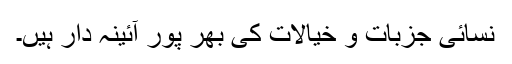
نسائی جزبات و خیالات کی بھر پور آئینہ دار ہیں۔